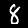
Label: 8